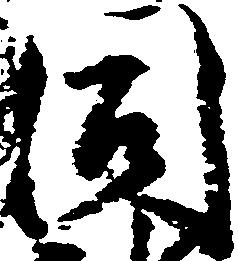
同